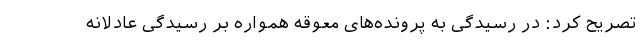
تصریح کرد: در رسیدگی به پرونده‌های معوقه همواره بر رسیدگی عادلانه